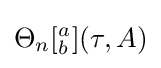
\Theta _{n}[_{b}^{a}](\tau ,A)